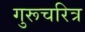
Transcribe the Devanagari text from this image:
गुरूचरित्र